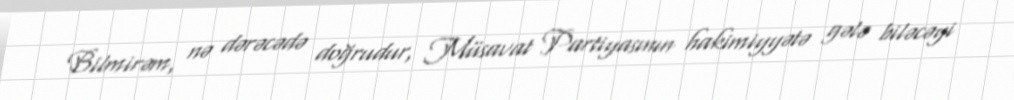
Bilmirəm, nə dərəcədə doğrudur, Müsavat Partiyasının hakimiyyətə gələ biləcəyi